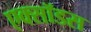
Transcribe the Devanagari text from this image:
एक्सॉडस